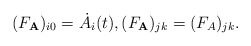
\begin{gather*}(F_{\mathbf{A}})_{i0} =\dot{A}_{i}(t),(F_{\mathbf{A}})_{jk} =(F_{A})_{jk}.\end{gather*}